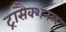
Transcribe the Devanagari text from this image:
ट्रांसैक्शनल